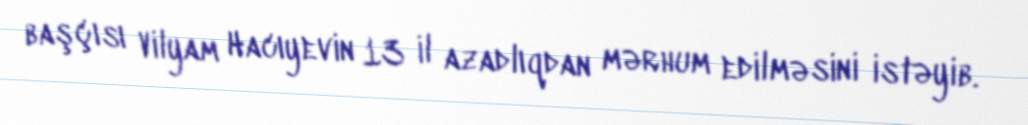
başçısı Vilyam Hacıyevin 13 il azadlıqdan mərhum edilməsini istəyib.